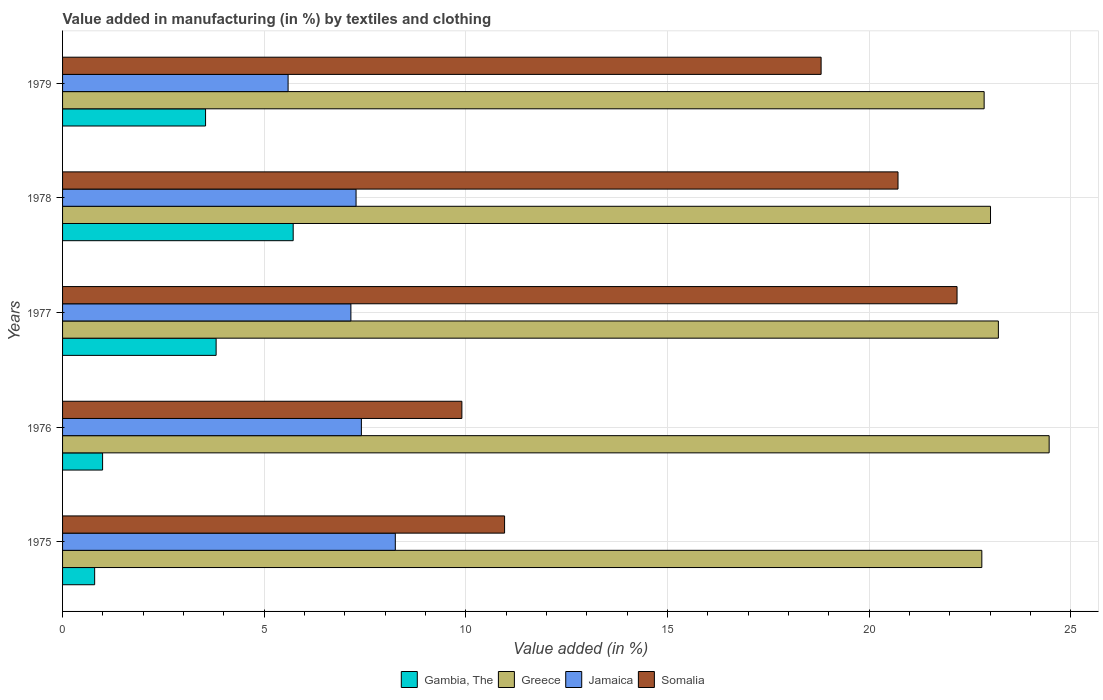
| Years | Gambia, The | Greece | Jamaica | Somalia |
 | --- | --- | --- | --- | --- |
 | 1975 | 0.796 | 22.8 | 8.25 | 11 |
 | 1976 | 0.993 | 24.5 | 7.41 | 9.9 |
 | 1977 | 3.81 | 23.2 | 7.15 | 22.2 |
 | 1978 | 5.72 | 23 | 7.28 | 20.7 |
 | 1979 | 3.55 | 22.9 | 5.59 | 18.8 |